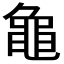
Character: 𬹝